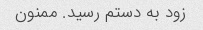
زود به دستم رسید. ممنون